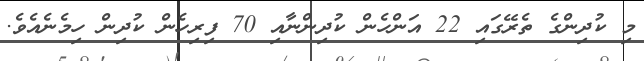
މި ކުދިންގެ ތެރޭގައި 22 އަންހެން ކުދިންނާއި 70 ފިރިހެން ކުދިން ހިމެނެއެވެ.